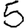
Digit: 5